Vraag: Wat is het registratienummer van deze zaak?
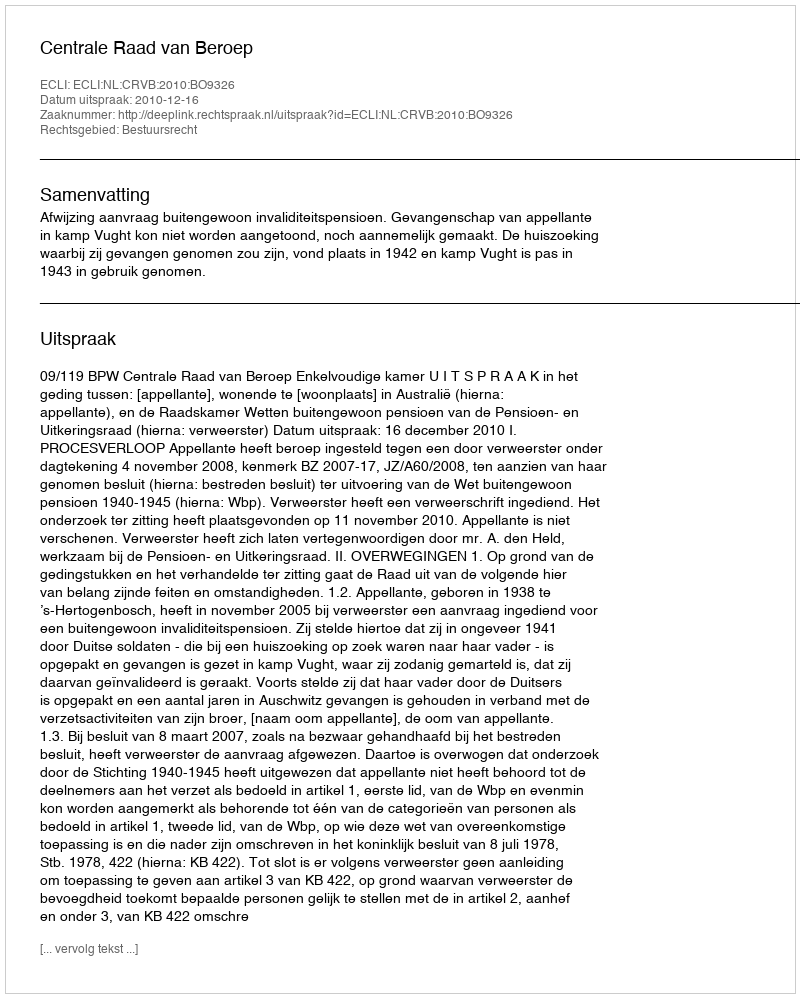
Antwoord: http://deeplink.rechtspraak.nl/uitspraak?id=ECLI:NL:CRVB:2010:BO9326